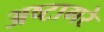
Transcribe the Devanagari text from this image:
अष्टागरे